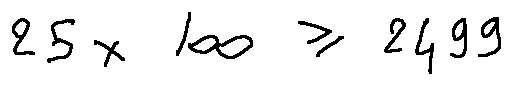
2 5 \times 1 0 0 \geq 2 4 9 9